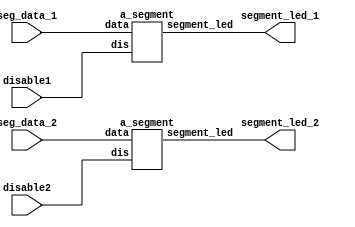
/*
 *============================
 * 7-segment display
 * 
 * btko - Aug'22
 *============================
 */

//=======================
//2x 7-segment display for StepFPGA
//=======================
module sevenSeg (
		input	wire disable1, disable2,
		input  wire [4:0] seg_data_1, seg_data_2,
		output wire [8:0] segment_led_1, segment_led_2
	);
	
	a_segment s0 ( .dis(disable1), .data(seg_data_1),  .segment_led(segment_led_1) );
	a_segment s1 ( .dis(disable2), .data(seg_data_2),  .segment_led(segment_led_2) );
endmodule


//==============================
//	__ a single segment __
//	
//	input
//		dis = 1: blank display
//		data[4] = decimal point
//		data[3:0] = 0 ~ F
//	output
//		segment_led connects to 7-segment display
//==============================
module a_segment (
		input wire dis,
		input wire [4:0] data,
		output wire [8:0] segment_led
	);
	
	reg [6:0] seg [15:0];
	initial begin
		seg[0] = 7'h3f;   //  0
		seg[1] = 7'h06;   //  1
		seg[2] = 7'h5b;   //  2
		seg[3] = 7'h4f;   //  3
		seg[4] = 7'h66;   //  4
		seg[5] = 7'h6d;   //  5
		seg[6] = 7'h7d;   //  6
		seg[7] = 7'h07;   //  7
		seg[8] = 7'h7f;   //  8
		seg[9] = 7'h6f;   //  9
		seg[10]= 7'h77;   //  A
		seg[11]= 7'h7C;   //  b
		seg[12]= 7'h39;   //  C
		seg[13]= 7'h5e;   //  d
		seg[14]= 7'h79;   //  E
		seg[15]= 7'h71;   //  F
	end
	assign segment_led = dis ? 8'h0 : {data[4], seg[data[3:0]]};
endmodule